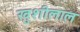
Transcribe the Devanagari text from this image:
खुशीलाल